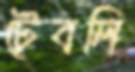
টেবলি